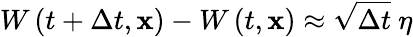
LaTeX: W\left(t+\Delta t,\mathbf{x}\right)-W\left(t,\mathbf{x}\right)\approx\sqrt{\Delta t}\ \eta